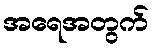
အရေအတွက်